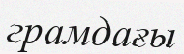
грамдағы